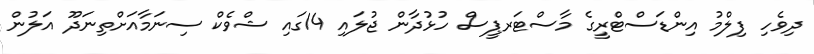
ދިވެހި ފިލްމު އިންޑަސްޓްރީގެ މާސްޓަރޕީސް ހުޅުދާން ޖުލައި 14ގައި ޝްވެކް ސިނަމާއަށްތިނަދޫ އަލުން